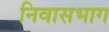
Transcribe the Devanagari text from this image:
निवासभाग